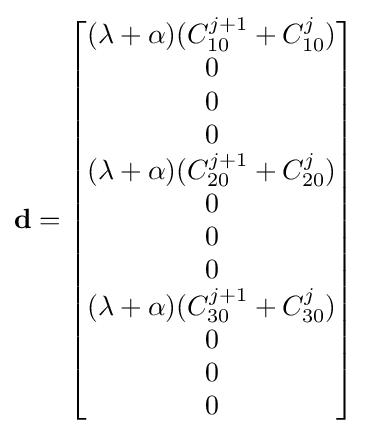
\mathbf {d} ={\begin{bmatrix}(\lambda +\alpha )(C_{10}^{j+1}+C_{10}^{j})\\0\\0\\0\\(\lambda +\alpha )(C_{20}^{j+1}+C_{20}^{j})\\0\\0\\0\\(\lambda +\alpha )(C_{30}^{j+1}+C_{30}^{j})\\0\\0\\0\end{bmatrix}}